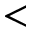
<